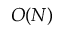
\cal { O } ( N )